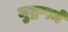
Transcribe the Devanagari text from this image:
मुद्रणमें